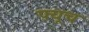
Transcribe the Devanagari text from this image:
फ़्यूच